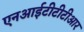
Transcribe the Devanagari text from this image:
एनआईटीटीटीआर